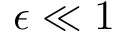
\epsilon \ll 1